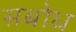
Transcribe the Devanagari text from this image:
सबोध